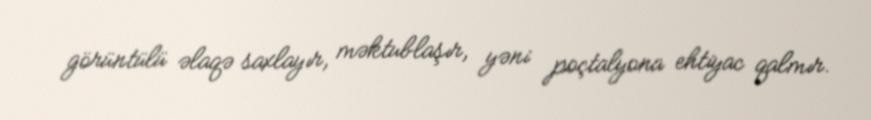
görüntülü əlaqə saxlayır, məktublaşır, yəni poçtalyona ehtiyac qalmır.